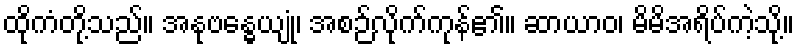
ထိုကံတို့သည်။ အနုဗန္ဓေယျုံ၊ အစဉ်လိုက်ကုန်၏။ ဆာယာဝ၊ မိမိအရိပ်ကဲ့သို့။